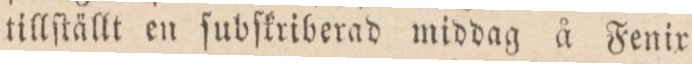
tillſtällt en ſubſkriberad middag å Fenir